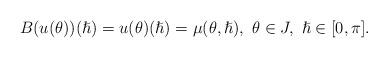
LaTeX: \begin{align*}B(u(\theta))(\hslash)=u(\theta)(\hslash)={\mu}(\theta,\hslash),\ \theta\in J,\ \hslash\in [0,\pi].\end{align*}